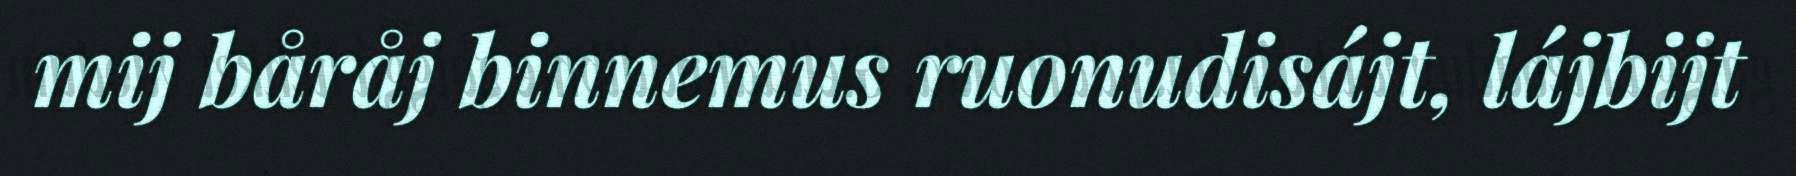
mij båråj binnemus ruonudisájt, lájbijt